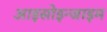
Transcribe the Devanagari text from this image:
आइसोइन्जाइम